Vaccination report Assam 1874-1896 - 1874-1896
Year: 1874
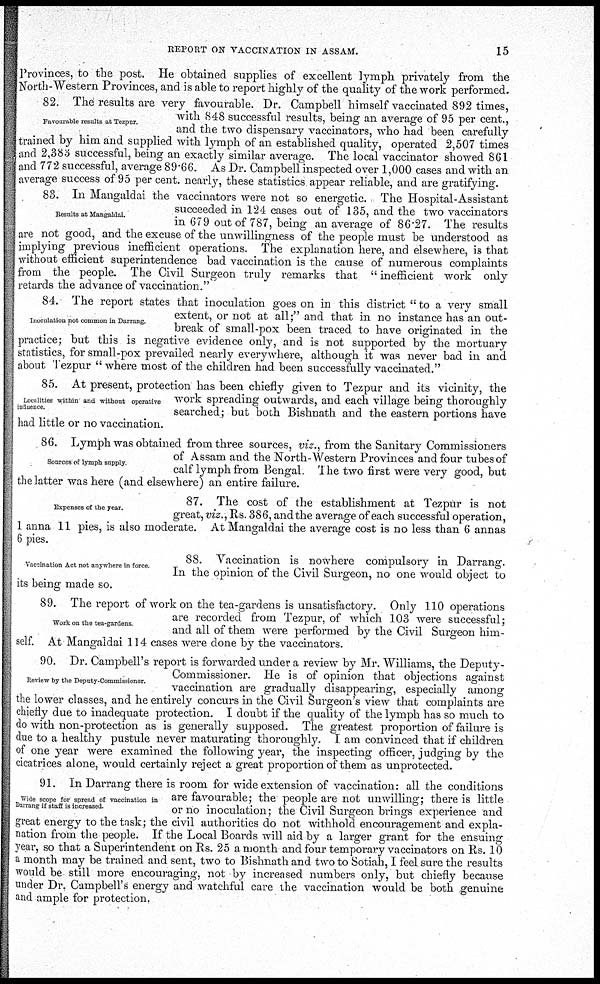
REPORT ON VACCINATION IN ASSAM.
15
Provinces, to the post. He obtained supplies of excellent lymph privately from the
North-Western Provinces, and is able to report highly of the quality of the work performed.
Favourable results at Tezpur.
82. The results are very favourable. Dr. Campbell himself vaccinated 892 times,
with 848 successful results, being an average of 95 per cent.,
and the two dispensary vaccinators, who had been carefully
trained by him and supplied with lymph of an established quality, operated 2,507 times
and 2,383 successful, being an exactly similar average. The local vaccinator showed 861
and 772 successful, average 89.66. As Dr. Campbell inspected over 1,000 cases and with an
average success of 95 per cent. nearly, these statistics appear reliable, and are gratifying.
Results at Mangaldai.
83. In Mangaldai the vaccinators were not so energetic. The Hospital-Assistant
succeeded in 124 cases out of 135, and the two vaccinators
in 679 out of 787, being an average of 86.27. The results
are not good, and the excuse of the unwillingness of the people must be understood as
implying previous inefficient operations. The explanation here, and elsewhere, is that
without efficient superintendence bad vaccination is the cause of numerous complaints
from the people. The Civil Surgeon truly remarks that " inefficient work only
retards the advance of vaccination."
Inoculation not common in Darrang.
84. The report states that inoculation goes on in this district " to a very small
extent, or not at all;" and that in no instance has an out-
break of small-pox been traced to have originated in the
practice; but this is negative evidence only, and is not supported by the mortuary
statistics, for small-pox prevailed nearly everywhere, although it was never bad in and
about Tezpur " where most of the children had been successfully vaccinated."
Localities within and without operative
influence.
85. At present, protection has been chiefly given to Tezpur and its vicinity, the
work spreading outwards, and each village being thoroughly
searched; but both Bishnath and the eastern portions have
had little or no vaccination.
Sources of lymph supply.
86. Lymph was obtained from three sources, viz., from the Sanitary Commissioners
of Assam and the North-Western Provinces and four tubes of
calf lymph from Bengal. The two first were very good, but
the latter was here (and elsewhere) an entire failure.
Expenses of the year.
87. The cost of the establishment at Tezpur is not
great, viz., Rs. 386, and the average of each successful operation,
1 anna 11 pies, is also moderate. At Mangaldai the average cost is no less than 6 annas
6 pies.
Vaccination Act not anywhere in force
88. Vaccination is nowhere compulsory in Darrang.
In the opinion of the Civil Surgeon, no one would object to
its being made so.
Work on the tea-gardens
89. The report of work on the tea-gardens is unsatisfactory. Only 110 operations
are recorded from Tezpur, of which 103 were successful;
and all of them were performed by the Civil Surgeon him-
self. At Mangaldai 114 cases were done by the vaccinators.
Review by the Deputy-Commissioner.
90. Dr. Campbell's report is forwarded under a review by Mr. Williams, the Deputy-
Commissioner. He is of opinion that objections against
vaccination are gradually disappearing, especially among
the lower classes, and he entirely concurs in the Civil Surgeon's view that complaints are
chiefly due to inadequate protection. I doubt if the quality of the lymph has so much to
do with non-protection as is generally supposed. The greatest proportion of failure is
due to a healthy pustule never maturating thoroughly. I am convinced that if children
of one year were examined the following year, the inspecting officer, judging by the
cicatrices alone, would certainly reject a great proportion of them as unprotected.
Wide scope for spread of vaccination in
Darrang if staff is increased
91. In Darrang there is room for wide extension of vaccination: all the conditions
are favourable; the people are not unwilling; there is little
or no inoculation; the Civil Surgeon brings experience and
great energy to the task; the civil authorities do not withhold encouragement and expla-
nation from the people. If the Local Boards will aid by a larger grant for the ensuing
year, so that a Superintendent on Rs. 25 a month and four temporary vaccinators on Rs. 10
a month may be trained and sent, two to Bishnath and two to Sotiah, I feel sure the results
would be still more encouraging, not by increased numbers only, but chiefly because
under Dr. Campbell's energy and watchful care the vaccination would be both genuine
and ample for protection.